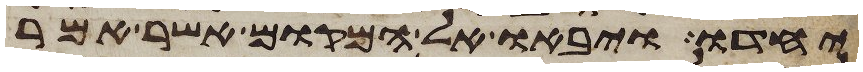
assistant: יחדו ויבאו אל המקום אשר אמר